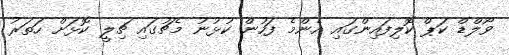
ވޯލްޑް ކަޕް ކޮލިފައިންގައި އެންމެ ފަހުން ކުޅުނު މެޗުގައި ޗިލީ ކޮޅަށް ހަތަރު